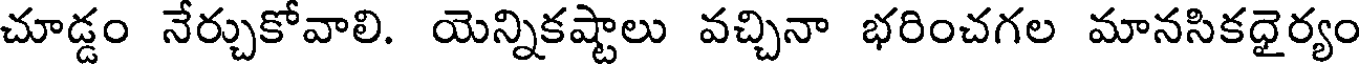
చూడ్డం నేర్చుకోవాలి. యెన్నికష్టాలు వచ్చినా భరించగల మానసికధైర్యం